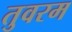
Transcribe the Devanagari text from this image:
तुवरम